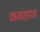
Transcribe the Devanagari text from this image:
वराहाय